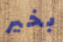
بخير